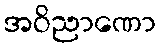
အဝိညာဏော